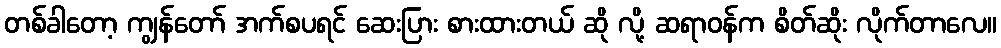
တစ်ခါတော့ ကျွန်တော် အက်စပရင် ဆေးပြား စားထားတယ် ဆို လို့ ဆရာဝန်က စိတ်ဆိုး လိုက်တာလေ။